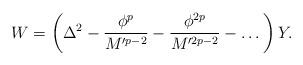
LaTeX: \begin{align*}W = \left(\Delta^2 - \frac{\phi^p}{M'^{p-2}} - \frac{\phi^{2p}}{M'^{2p-2}} - \dots \right)Y.\end{align*}